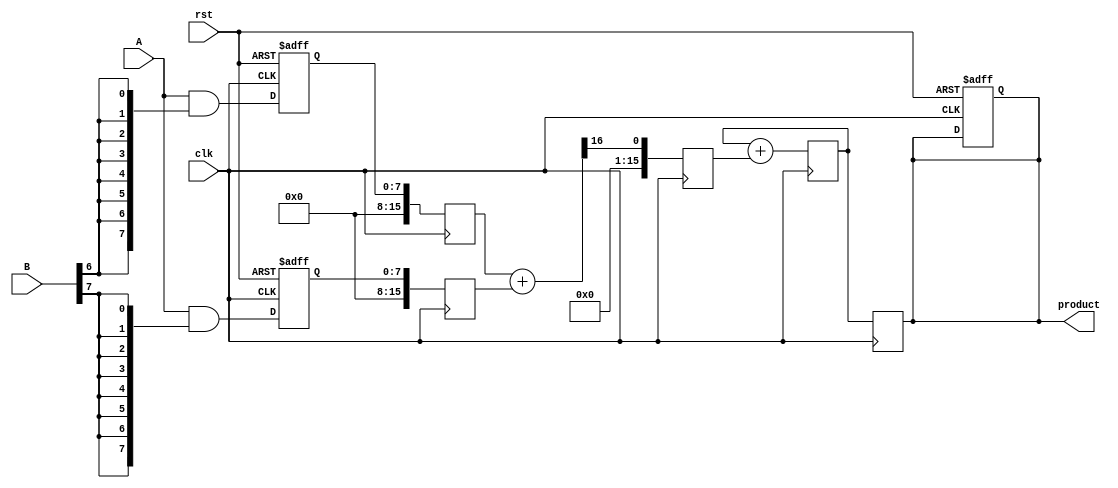
module PipelinedWallaceTreeMultiplier #(parameter N = 8) (
    input clk,
    input rst,
    input [N-1:0] A,
    input [N-1:0] B,
    output reg [2*N-1:0] product
);

// Stage 1: Partial Product Generation
reg [N-1:0] PP [0:N-1]; // Partial Products
integer i, j;

// Stage 2: Wallace Tree Reduction
reg [2*N-1:0] stage1 [0:N-1]; // Intermediate stage for reduction
reg [2*N-1:0] stage2 [0:N/2];  // Reduced stage
reg [2*N-1:0] final_sum;        // Final sum after reduction

// Stage 3: Final Addition
wire [2*N-1:0] final_product;

// Generate partial products
always @(posedge clk or posedge rst) begin
    if (rst) begin
        for (i = 0; i < N; i = i + 1) begin
            PP[i] <= 0;
        end
        product <= 0;
    end else begin
        for (i = 0; i < N; i = i + 1) begin
            PP[i] <= A & {N{B[i]}};
        end
    end
end

// Wallace tree reduction - Stage 1
always @(posedge clk) begin
    for (i = 0; i < N; i = i + 1) begin
        stage1[i] <= PP[i]; // Store partial products
    end
end

// Wallace tree reduction - Stage 2
always @(posedge clk) begin
    for (i = 0; i < N/2; i = i + 1) begin
        {stage2[i], stage2[i+1]} <= stage1[2*i] + stage1[2*i+1]; // Reduce pairs
    end
end

// Final Addition
always @(posedge clk) begin
    final_sum <= 0;
    for (i = 0; i < N/2; i = i + 1) begin
        final_sum <= final_sum + stage2[i];
    end
end

// Output Register
always @(posedge clk) begin
    product <= final_sum;
end

endmodule